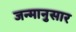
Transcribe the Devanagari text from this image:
जन्मानुसार